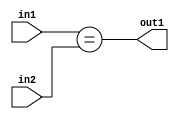
`timescale 1ps / 1ps
/*****************************************************************************
    Verilog RTL Description
    
    
    Created by: Stratus DpOpt 21.05.01 
*******************************************************************************/

module SobelFilter_Equal_5Ux1U_1U_4 (
	in2,
	in1,
	out1
	); /* architecture "behavioural" */ 
input [4:0] in2;
input  in1;
output  out1;
wire  asc001;

assign asc001 = (in1==in2);

assign out1 = asc001;
endmodule

/* CADENCE  urnyTQg= : u9/ySxbfrwZIxEzHVQQV8Q== ** DO NOT EDIT THIS LINE ******/